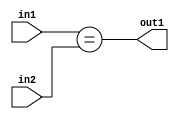
`timescale 1ps / 1ps
/*****************************************************************************
    Verilog RTL Description
    
    
    Created by: Stratus DpOpt 21.05.01 
*******************************************************************************/

module SobelFilter_Equal_5Ux1U_1U_4 (
	in2,
	in1,
	out1
	); /* architecture "behavioural" */ 
input [4:0] in2;
input  in1;
output  out1;
wire  asc001;

assign asc001 = (in1==in2);

assign out1 = asc001;
endmodule

/* CADENCE  urnyTQg= : u9/ySxbfrwZIxEzHVQQV8Q== ** DO NOT EDIT THIS LINE ******/